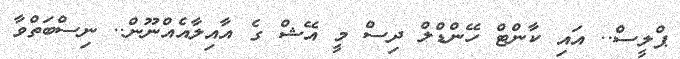
ޕްލީސް.. އައި ކާންޓް ހޭންޑްލް ދިސް މީ އޭޝް ގެ އާއިލާއެއްނޫން.. ނިސްބަތްވާ